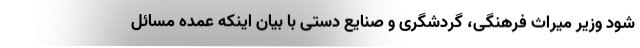
شود وزیر میراث فرهنگی، گردشگری و صنایع دستی با بیان اینکه عمده مسائل